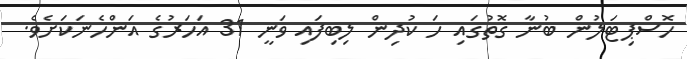
ހޮސްޕިޓަލުން ބުނާ ގޮތުގައި ހަ ކުދިން ލިބިފައި ވަނީ 31 އަހަރުގެ އަންހެނަކަށެވެ.